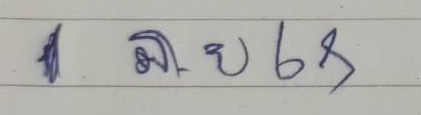
1 มิ.ย. 68